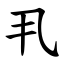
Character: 丮